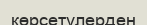
көрсетулерден